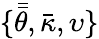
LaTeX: \{ \bar{\bar{\theta}},\bar{\kappa},\upsilon\}